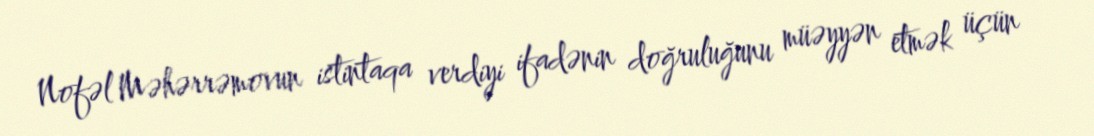
Nofəl Məhərrəmovun istintaqa verdiyi ifadənin doğruluğunu müəyyən etmək üçün